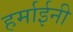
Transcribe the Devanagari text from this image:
हर्माईनी